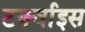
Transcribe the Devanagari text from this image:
टर्क्वाइस